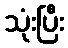
သုံးပြီး